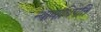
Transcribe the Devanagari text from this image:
न्यायाधिपति